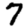
Digit: 7